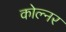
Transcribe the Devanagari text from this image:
कोल्नर